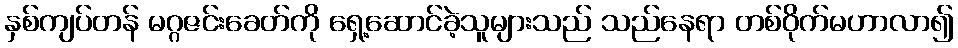
နှစ်ကျပ်တန် မဂ္ဂဇင်းခေတ်ကို ရှေ့ဆောင်ခဲ့သူများသည် သည်နေရာ တစ်ဝိုက်မဟာလာ၍